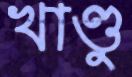
খাণ্ডু